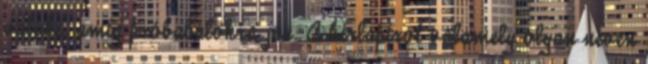
valaki, amíg próbabálokra jár. A hírlapírót valamely olyan néven